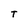
Character: T